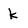
Character: k